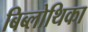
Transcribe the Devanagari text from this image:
बिब्लोथिका